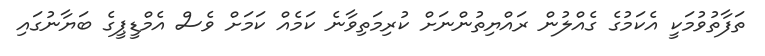
ތަފާތުވުމަކީ އެކަމުގެ ގެއްލުން ރައްޔިތުންނަށް ކުރިމަތިވާނެ ކަމެއް ކަމަށް ވެސް އެމްޑީޕީގެ ބަޔާނުގައި